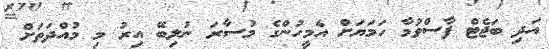
އަދި ބަޖެޓް ފާސްވުމާ ހަމަޔަށް އެމީހުންގެ މުސާރަ ނުލިބޭ އިރު މި މުއްދަތަށް